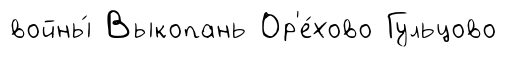
войны́ Выкопань Ор'е́хово Гульцово